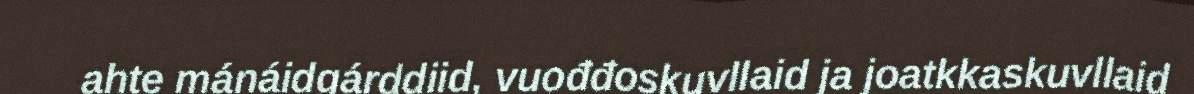
ahte mánáidgárddiid, vuođđoskuvllaid ja joatkkaskuvllaid